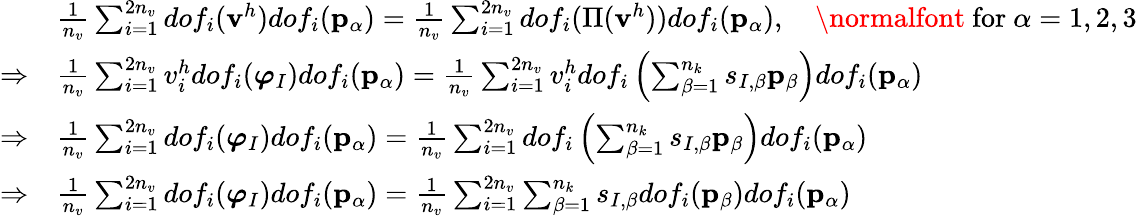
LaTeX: \begin{array}{rl}&{\frac{1}{n_{v}}\sum_{i=1}^{2n_{v}}dof_{i}(\mathbf{v}^{h})dof_{i}(\mathbf{p}_{\alpha})=\frac{1}{n_{v}}\sum_{i=1}^{2n_{v}}dof_{i}(\Pi(\mathbf{v}^{h}))dof_{i}(\mathbf{p}_{\alpha}),\quad\mathrm{\normalfont~for}\ \alpha=1,2,3}\\ {\Rightarrow}&{\frac{1}{n_{v}}\sum_{i=1}^{2n_{v}}v_{i}^{h}dof_{i}(\boldsymbol{\varphi}_{I})dof_{i}(\mathbf{p}_{\alpha})=\frac{1}{n_{v}}\sum_{i=1}^{2n_{v}}v_{i}^{h}dof_{i}\left(\sum_{\beta=1}^{n_{k}}s_{I,\beta}\mathbf{p}_{\beta}\right)dof_{i}(\mathbf{p}_{\alpha})}\\ {\Rightarrow}&{\frac{1}{n_{v}}\sum_{i=1}^{2n_{v}}dof_{i}(\boldsymbol{\varphi}_{I})dof_{i}(\mathbf{p}_{\alpha})=\frac{1}{n_{v}}\sum_{i=1}^{2n_{v}}dof_{i}\left(\sum_{\beta=1}^{n_{k}}s_{I,\beta}\mathbf{p}_{\beta}\right)dof_{i}(\mathbf{p}_{\alpha})}\\ {\Rightarrow}&{\frac{1}{n_{v}}\sum_{i=1}^{2n_{v}}dof_{i}(\boldsymbol{\varphi}_{I})dof_{i}(\mathbf{p}_{\alpha})=\frac{1}{n_{v}}\sum_{i=1}^{2n_{v}}\sum_{\beta=1}^{n_{k}}s_{I,\beta}dof_{i}(\mathbf{p}_{\beta})dof_{i}(\mathbf{p}_{\alpha})}\end{array}